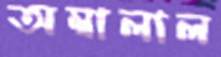
অম্বালাল